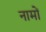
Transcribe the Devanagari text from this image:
नामोँ